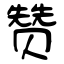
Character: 赞